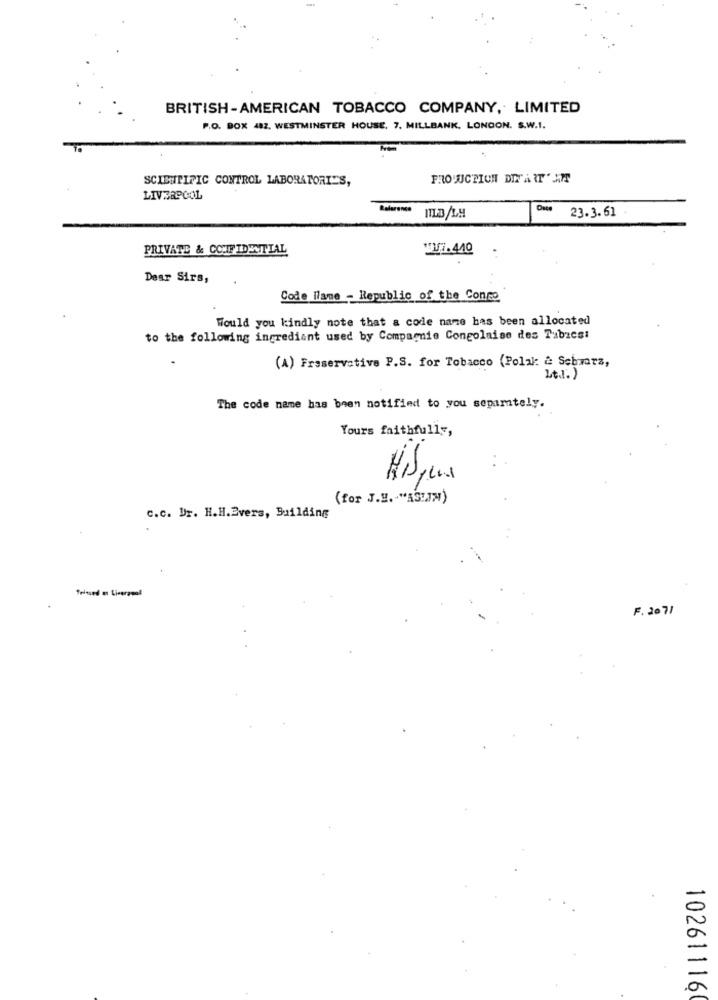
BRITISH-AMERICAN TOBACCO COMPANY, LIMITED
P.O. BOX 482, WESTMINSTER HOUSE, 7, MILLBANK, LONDON. S.W.1.
SCIENTIFIC CONTROL LABORATORIES,
PRODUCTION DIY'A IT " AT
LIVERPOOL
Reference
23.3.61
PRIVATE & COTIF IDENTIAL
Wi.440
Dear Sirs,
Code llame - Republic of the Conmo
Would you kindly note that a code name has been allocated
to the following ingredient used by Compagnie Congolaise des Tabacs:
(A) Fraservative P.S. for Tobacco (Polak: & Schwarz,
Lt.I.)
The code name has been notified to you sepamtely.
Yours faithfully,
(for J.H. "AS1.JH)
c.c. Dr. H.H.Evers, Building
Telnied a: Liverpool
F. 2071
10261116